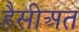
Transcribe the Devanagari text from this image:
हैसीअत